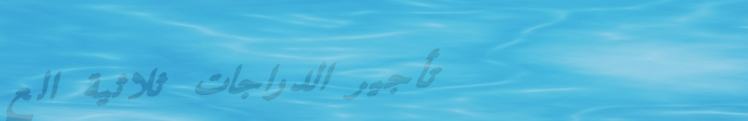
تأجير الدراجات ثلاثية الع